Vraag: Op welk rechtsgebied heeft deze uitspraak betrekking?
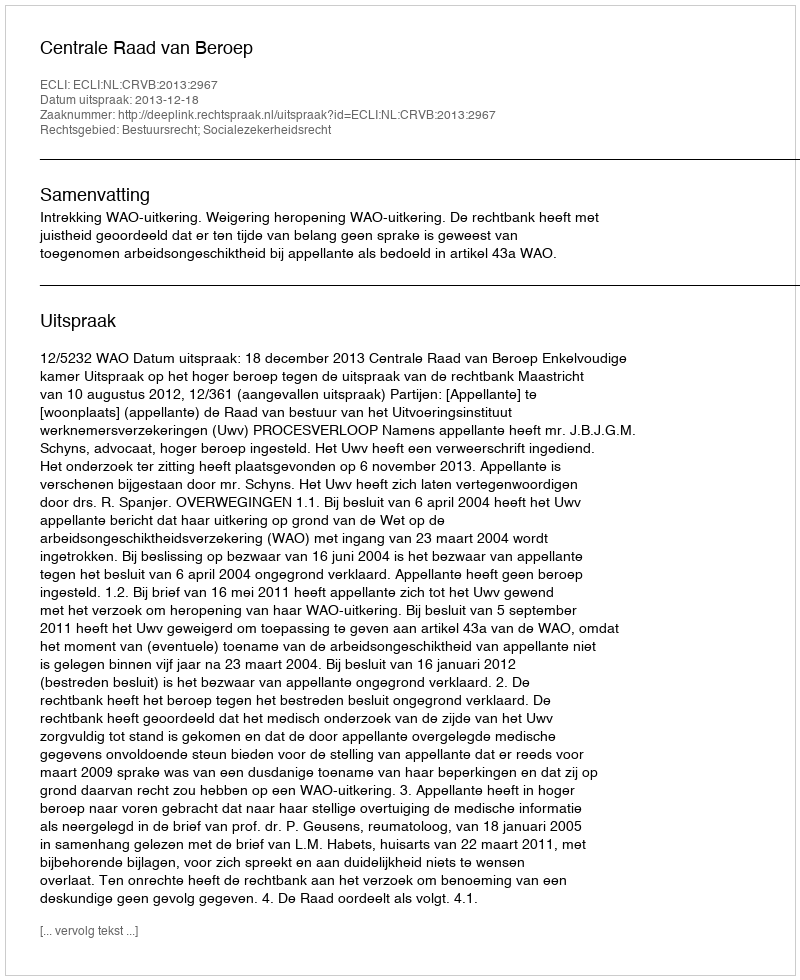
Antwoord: Bestuursrecht; Socialezekerheidsrecht